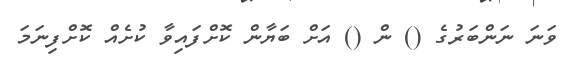
ވަނަ ނަންބަރުގެ () ން () އަށް ބަޔާން ކޮށްފައިވާ ކުށެއް ކޮށްފިނަމަ